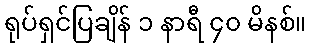
ရုပ်ရှင်ပြချိန် ၁ နာရီ ၄၀ မိနစ်။